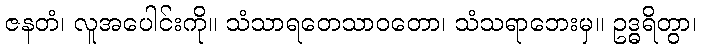
ဇနတံ၊ လူအပေါင်းကို။ သံသာရတေသာဝတော၊ သံသရာဘေးမှ။ ဥဒ္ဓရိတွာ၊